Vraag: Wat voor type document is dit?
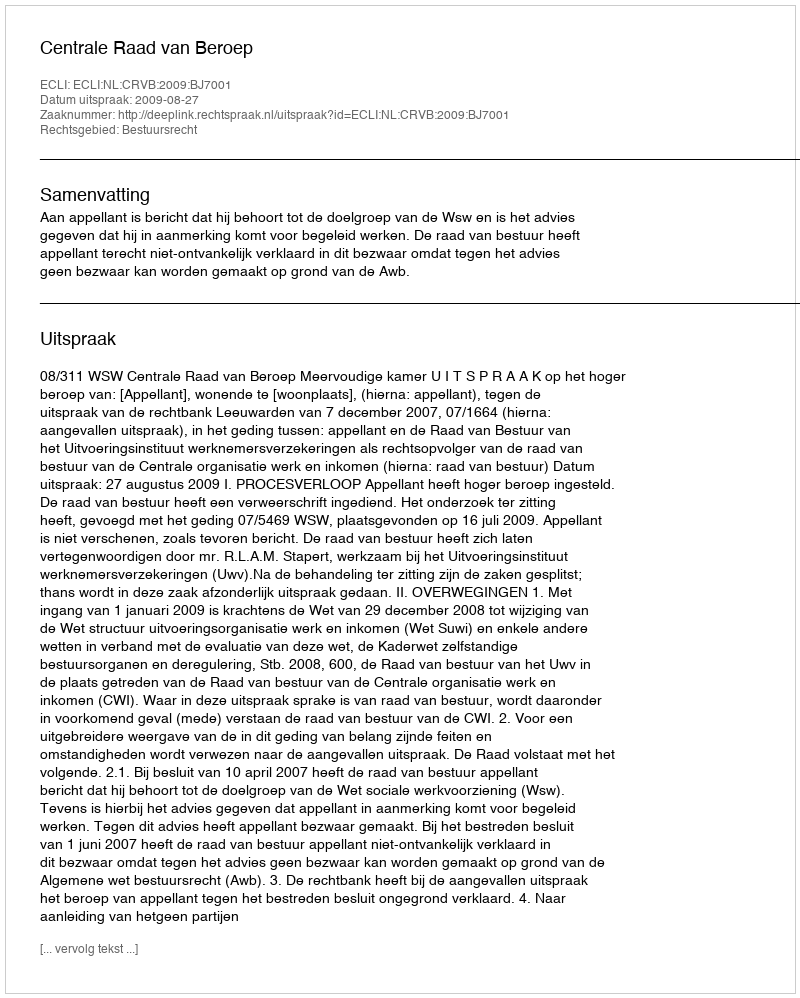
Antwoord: Uitspraak